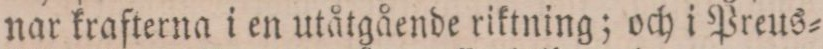
nar krafterna i en utåtgående riktning; och i Preus=